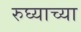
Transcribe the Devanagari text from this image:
रुघ्याच्या